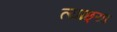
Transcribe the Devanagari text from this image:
त्याछ्या